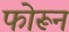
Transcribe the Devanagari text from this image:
फोरून